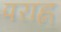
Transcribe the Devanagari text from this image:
पराह्न